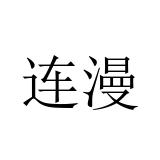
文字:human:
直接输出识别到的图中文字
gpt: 连漫